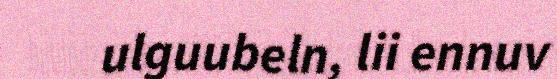
ulguubeln, lii ennuv